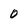
Character: 0